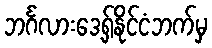
ဘင်္ဂလားဒေ့ရှ်နိုင်ငံဘက်မှ